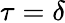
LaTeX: \tau=\delta